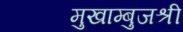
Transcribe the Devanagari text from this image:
मुखाम्बुजश्री